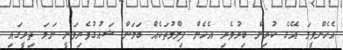
އެހެންވީމަ އޭގެ ކުރިން ބިރުވެރި އެހެން ފިލްމުތަކެއް ބަލަން ޝައުގުވެރިވަނީ ނަމަ ތިރީގައި